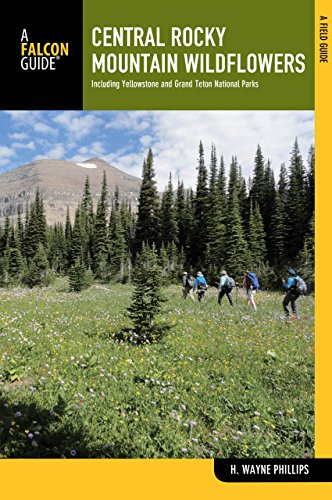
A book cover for Central Rocky Mountain Wildflowers: Including Yellowstone And Grand Teton National Parks (Wildflower Series); H. Wayne Phillips; Travel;